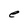
Character: e